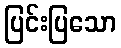
ပြင်းပြသော